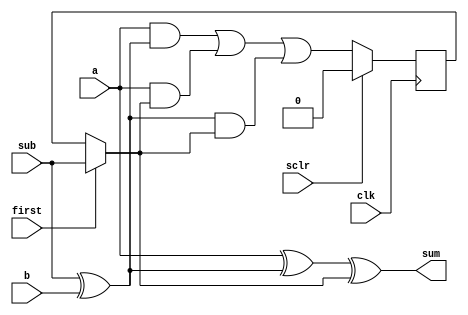
// Copyright 2008 Altera Corporation. All rights reserved.  
// Altera products are protected under numerous U.S. and foreign patents, 
// maskwork rights, copyrights and other intellectual property laws.  
//
// This reference design file, and your use thereof, is subject to and governed
// by the terms and conditions of the applicable Altera Reference Design 
// License Agreement (either as signed by you or found at www.altera.com).  By
// using this reference design file, you indicate your acceptance of such terms
// and conditions between you and Altera Corporation.  In the event that you do
// not agree with such terms and conditions, you may not use the reference 
// design file and please promptly destroy any copies you have made.
//
// This reference design file is being provided on an "as-is" basis and as an 
// accommodation and therefore all warranties, representations or guarantees of 
// any kind (whether express, implied or statutory) including, without 
// limitation, warranties of merchantability, non-infringement, or fitness for
// a particular purpose, are specifically disclaimed.  By making this reference
// design file available, Altera expressly does not recommend, suggest or 
// require that this reference design file be used in combination with any 
// other product not provided by Altera.
/////////////////////////////////////////////////////////////////////////////


module iter_addsub (
	input clk,sclr,
	input first,sub,
	input a,b,
	output sum
);

reg car;
assign sum = a ^ (sub ^ b) ^ (first ? sub : car);

always @(posedge clk) begin
	if (sclr) car <= 1'b0;
	else car <= a & (sub ^ b) |
				a & (first ? sub : car) |
				(sub ^ b) & (first ? sub : car);
end

endmodule